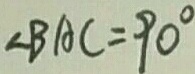
\angle B A C = 9 0 ^ { \circ }